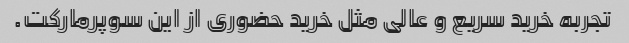
تجربه خرید سریع و عالی مثل خرید حضوری از این سوپرمارکت.